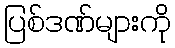
ပြစ်ဒဏ်များကို